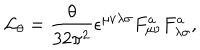
{ \cal L } _ { \theta } = \frac { \theta } { 3 2 { \pi } ^ { 2 } } \epsilon ^ { \mu \nu \lambda \sigma } F _ { \mu \nu } ^ { a } F _ { \lambda \sigma } ^ { a } ,